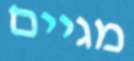
מגיים